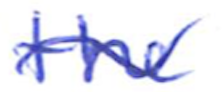
Text: the
Cross-out: wave
Writing tool: ballpoint